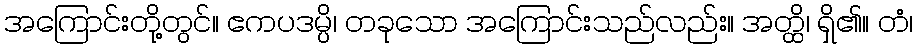
အကြောင်းတို့တွင်။ ဧကပဒမ္ပိ၊ တခုသော အကြောင်းသည်လည်း။ အတ္ထိ၊ ရှိ၏။ တံ၊